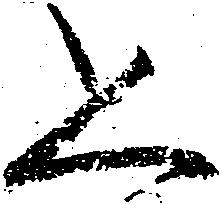
恐